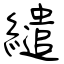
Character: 繾